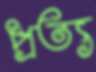
প্রত্য